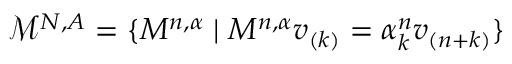
\mathcal { M } ^ { N , A } = \{ M ^ { n , \alpha } \mid M ^ { n , \alpha } v _ { ( k ) } = \alpha _ { k } ^ { n } v _ { ( n + k ) } \}